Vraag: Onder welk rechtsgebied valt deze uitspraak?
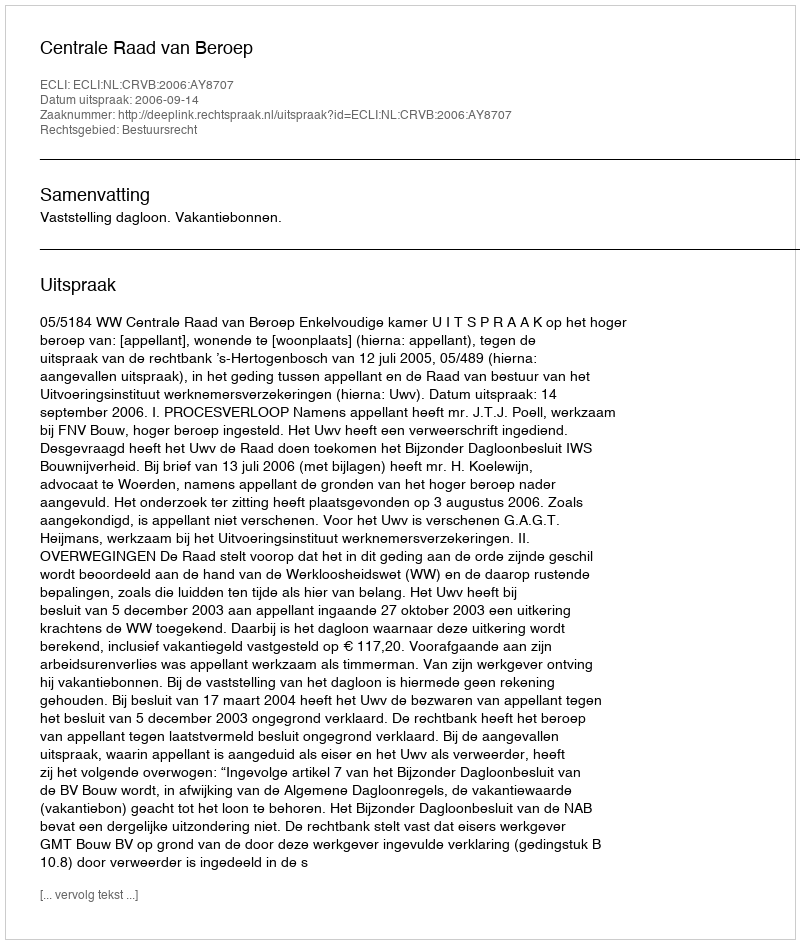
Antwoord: Bestuursrecht